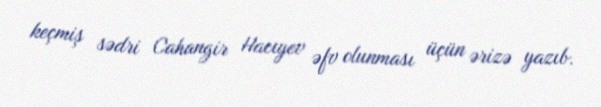
keçmiş sədri Cahangir Hacıyev əfv olunması üçün ərizə yazıb.